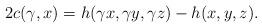
LaTeX: \begin{align*} 2c(\gamma, x)=h(\gamma x,\gamma y,\gamma z)-h(x,y,z). \end{align*}